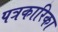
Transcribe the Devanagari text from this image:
पत्रकारिका